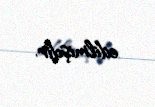
edilmişdir.